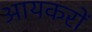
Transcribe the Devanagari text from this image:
आयकरों